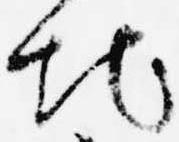
地